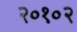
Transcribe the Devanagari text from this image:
२०१०२